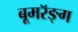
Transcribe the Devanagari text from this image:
बूमरॅङ्ग